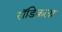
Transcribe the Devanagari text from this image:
रॉडिकला